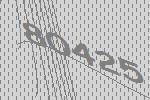
80425